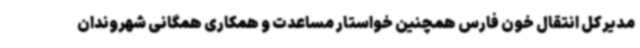
مدیرکل انتقال خون فارس همچنین خواستار مساعدت و همکاری همگانی شهروندان